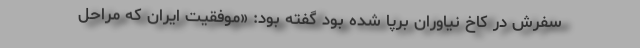
سفرش در کاخ نیاوران برپا شده بود گفته بود: «موفقیت ایران که مراحل